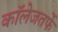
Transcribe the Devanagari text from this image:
कॉलेजतर्फे